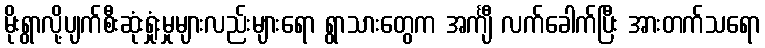
မိုးရွာလို့ပျက်စီးဆုံးရှုံးမှုများလည်းများရော ရွာသားတွေက အင်္ကျီ လက်ခေါက်ပြီး အားတက်သရော